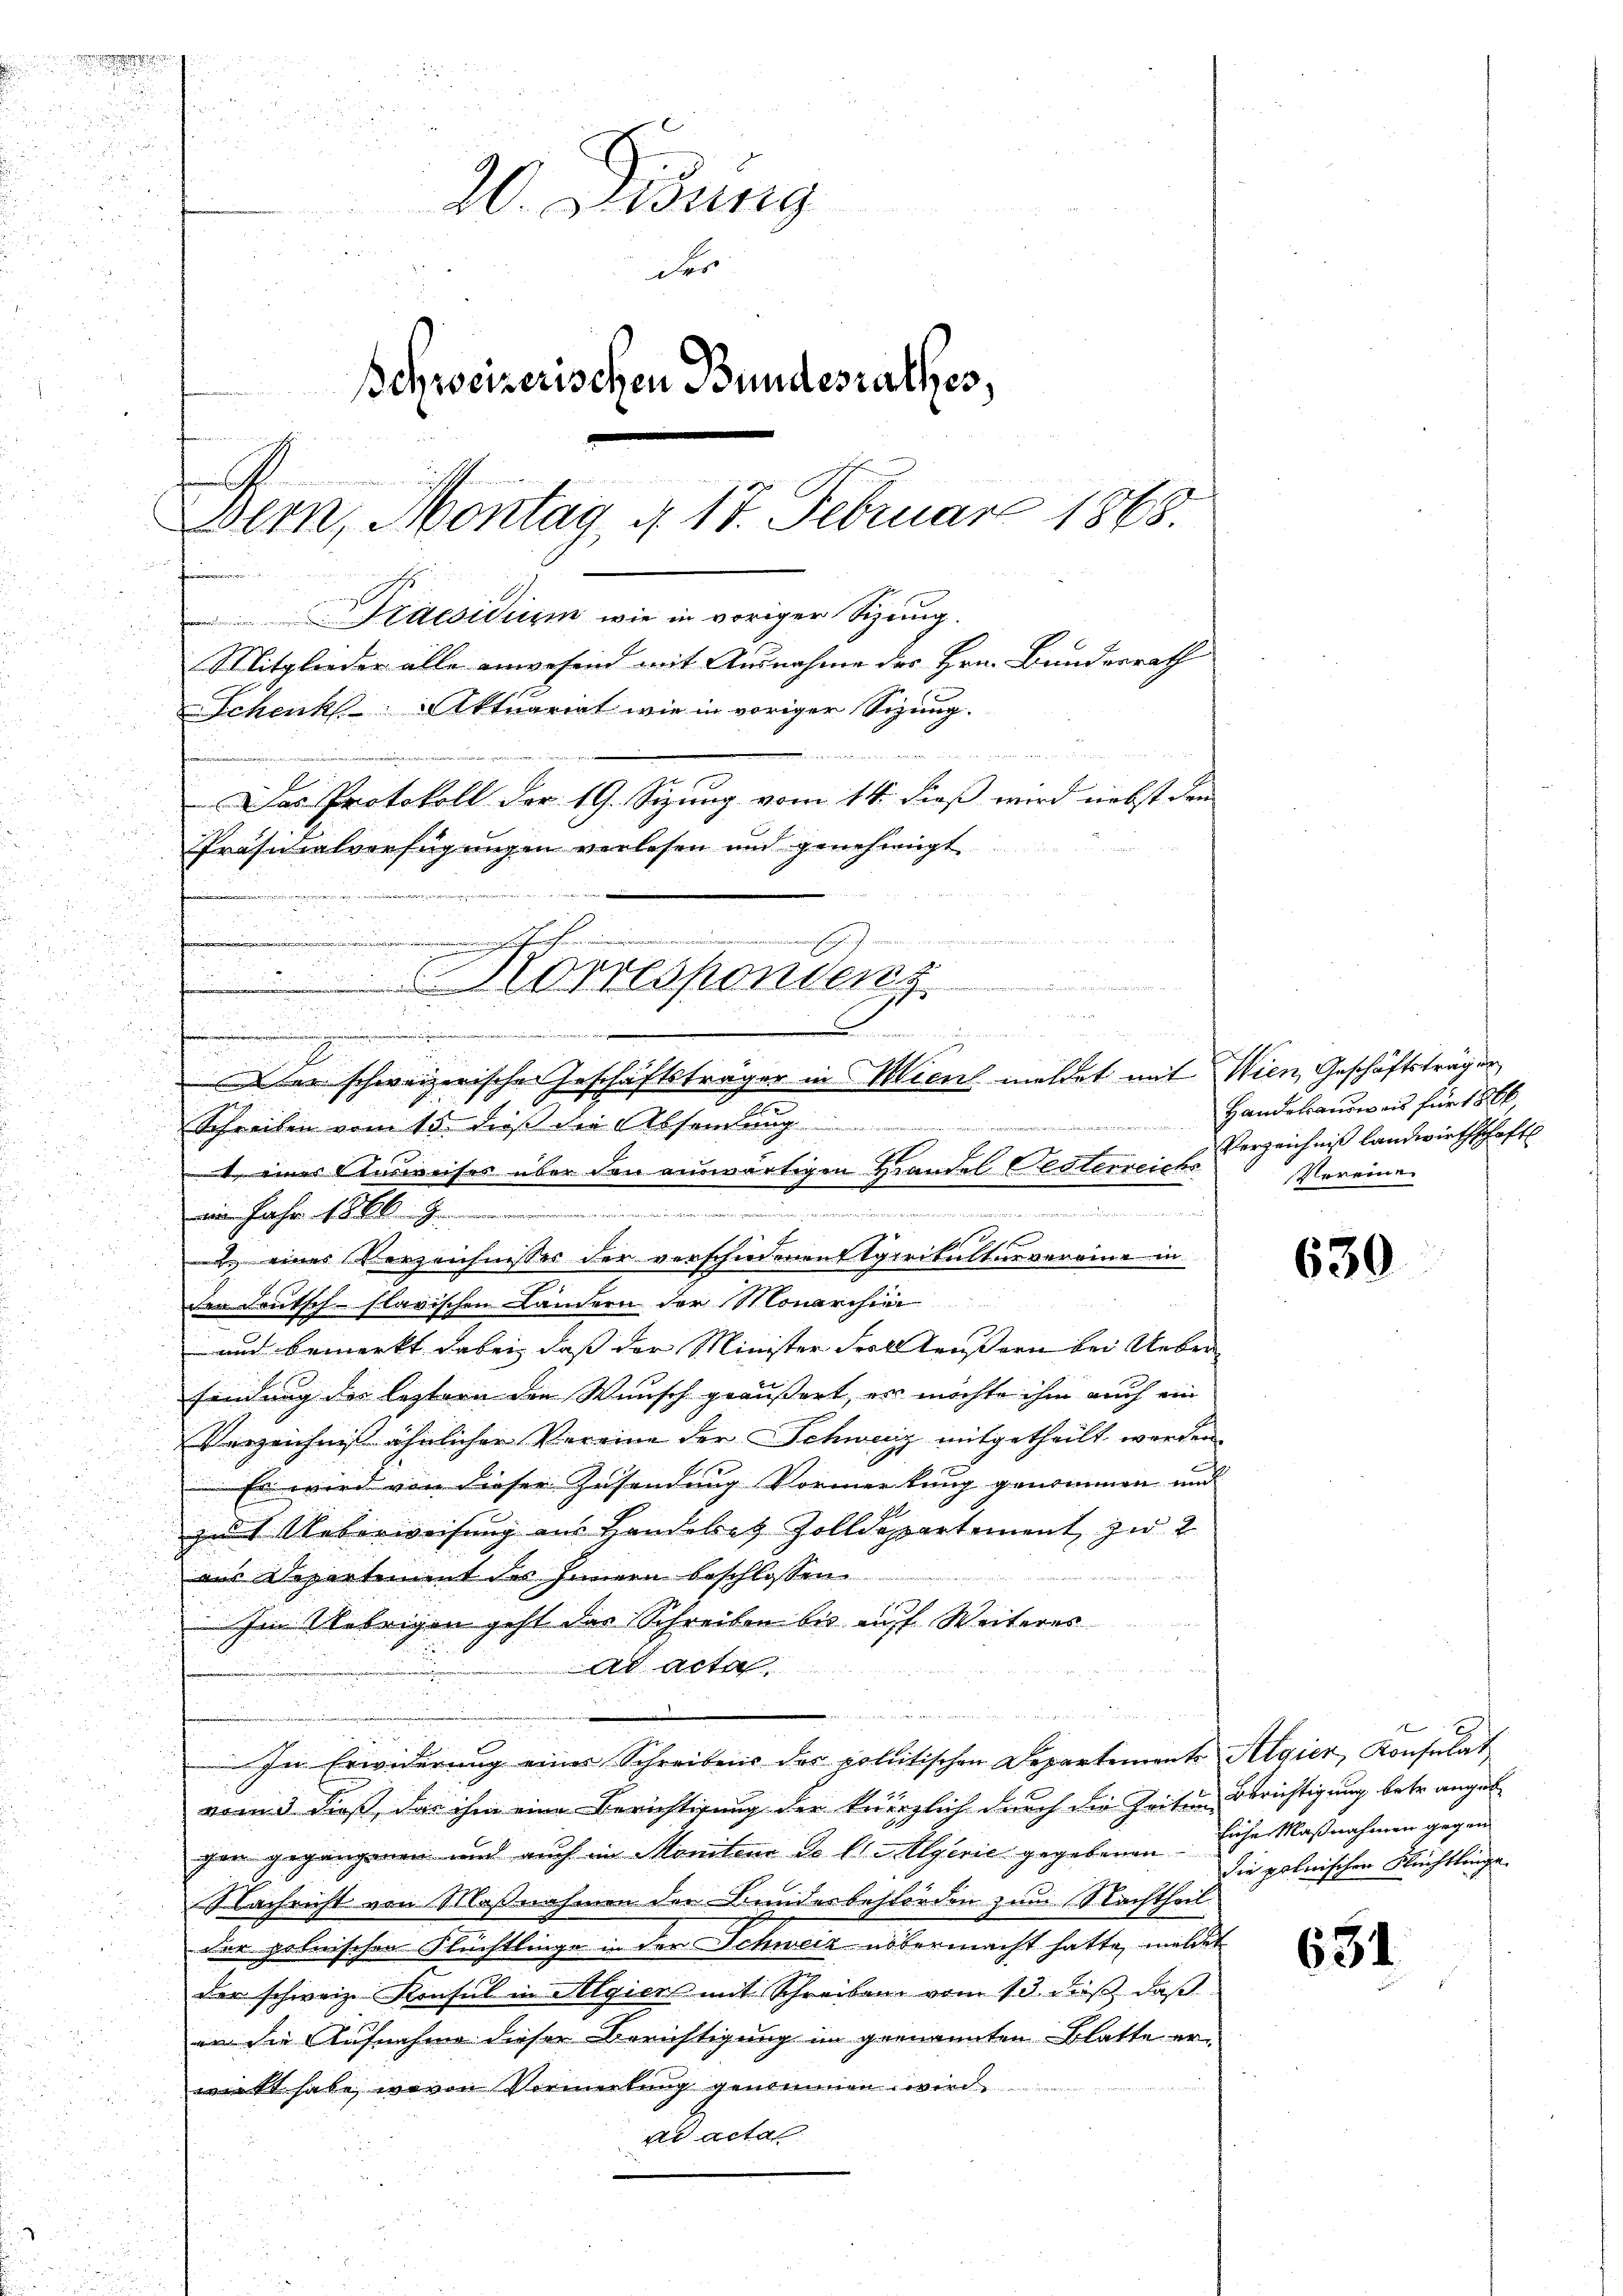
u

5 x
un

20. Jung
des
Schweizerischen Bundesrathes,
auch fernungen anden in
e
lck, Montag d. 17. Februar 1868.
 feinen
Praesidium wie in voriger Sizung.
Mitglieder alle anwesend mit Ausnahme des Hrn. Bundesrath
Schenks Aktuariat wie in voriger Sigung.
Das Protokoll der 19. Sizung vom 14. dieß wird nebst den
Präsidialverfügungen verlesen und genehmigt
E
ur
.
.
Korrespondenz

f
6
u, eines Verzeichnisses der verschiedenen Spirikulturveraine in
den Deutsch-slavischen Landern der Monarchiar
und bemerkt dabei, dass der Minister Fall täußern bei Ueberfindung des leztern den Wunsch geäussert, es möchte ihm auch ein
Verzeichnis ähnlicher Vereine der Schweiz mitgetheilt werden.
Es wird von dieser Zusendung Vormerkung genommen und
d Ueberweisung aus Handebet Zolldepartement zu 2
aus Departement des Innern beschlossen
des Bildeten
Im Uebrigen geht das Schreiben bis auf Weiteres
ad acte
u
In Erwiderung eines Schreibens der politischen Departements Algier, Konsulat
rend dieß, das ihm eine Berichtigung der kürzlich durch die Zeiten Berichtigung betr. anget
gen gegangenen und auch im Monitone de la Algerie gegebenen sie polnischen Flüchtlinge
Nachricht von Maßnahmen der Bundesbehörden zum 18. Nachtheil
der polnischen Flüchtlinge in der Schweiz übermacht hatte, meldet
der schweiz. Konsul in Algiers mit Schreiben vom 13. dieß, daß
an die Aufnahme dieser Berichtigung im genannten Blatte erwirkt habe, wovon Vormerkung genommen wird
ad acta

.

ine angen eingen mein ..........................

2
er schweizerische Geschäftsträger in Wien meldet mit Wien, Geschäftsträgen
Schreiben vom 15. dieß die Absendung
 eines Ausweises über den auswärtigen Handel Festerreichs
ieer in der in ein den wird der die indikamen und wo ein werden und wird der ander wiedenen
aim Jahr 1886

Handelsausweis für 1866
Verzeichniß landwirthschaft
Vereine

630

liche Maßnahmen gegen

631